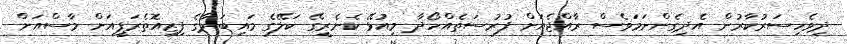
ދިވެހިސަރުކާރުން އެދިގެންނަމަވެސް ރާއްޖެއަށް ފުރުސަތެއްހޯދާ މިއުޅޭ ކެނެރީގޭ ކަލޭގެ މައިބަދާގެ ފިޒިއޮތެރަޕީއަށް މާސްއަށް